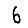
Digit: 6